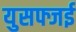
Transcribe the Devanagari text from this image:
युसफ्जई